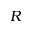
R